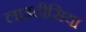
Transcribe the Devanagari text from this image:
लाउदीसिया